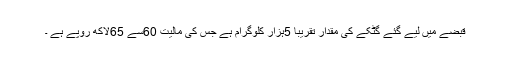
قبضے میں لیے گئے گٹکے کی مقدار تقریباً 5ہزار کلوگرام ہے جس کی مالیت 60سے 65لاکھ روپے ہے ۔